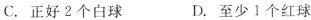
C. 正好2个白球 D. 至少1个红球